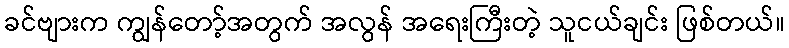
ခင်ဗျားက ကျွန်တော့်အတွက် အလွန် အရေးကြီးတဲ့ သူငယ်ချင်း ဖြစ်တယ်။